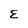
Character: E